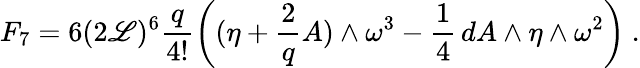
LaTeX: F_{7}=6(2\mathscr{L})^{6}\frac{{q}}{{4!}}\left((\eta+\frac{{2}}{{q}}A)\wedge\omega^{3}-\frac{{1}}{{4}}\, dA\wedge\eta\wedge\omega^{2}\right)\ .